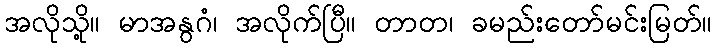
အလိုသို့။ မာအနွဂံ၊ အလိုက်ပြီ။ တာတ၊ ခမည်းတော်မင်းမြတ်။